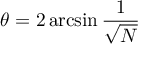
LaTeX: \theta = 2 \arcsin { \frac { 1 } { \sqrt { N } } }